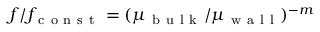
f / f _ { \mathrm { ~ c ~ o ~ n ~ s ~ t ~ } } = ( \mu _ { \mathrm { ~ b ~ u ~ l ~ k ~ } } / \mu _ { \mathrm { ~ w ~ a ~ l ~ l ~ } } ) ^ { - m }